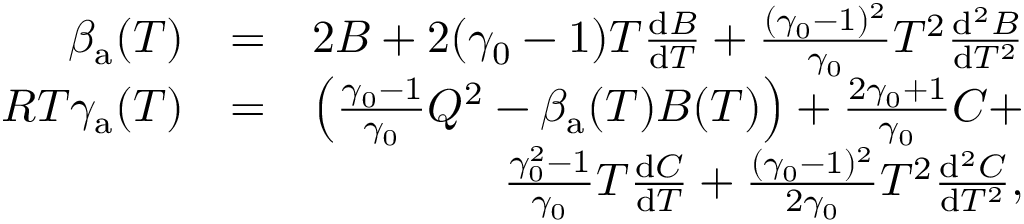
\begin{array} { r l r } { \beta _ { \mathrm { a } } ( T ) } & { = } & { 2 B + 2 ( \gamma _ { 0 } - 1 ) T \frac { \mathrm { d } B } { \mathrm { d } T } + \frac { ( \gamma _ { 0 } - 1 ) ^ { 2 } } { \gamma _ { 0 } } T ^ { 2 } \frac { \mathrm { d } ^ { 2 } B } { \mathrm { d } T ^ { 2 } } } \\ { R T \gamma _ { \mathrm { a } } ( T ) } & { = } & { \left( \frac { \gamma _ { 0 } - 1 } { \gamma _ { 0 } } Q ^ { 2 } - \beta _ { \mathrm { a } } ( T ) B ( T ) \right) + \frac { 2 \gamma _ { 0 } + 1 } { \gamma _ { 0 } } C + } \\ & { } & { \frac { \gamma _ { 0 } ^ { 2 } - 1 } { \gamma _ { 0 } } T \frac { \mathrm { d } C } { \mathrm { d } T } + \frac { ( \gamma _ { 0 } - 1 ) ^ { 2 } } { 2 \gamma _ { 0 } } T ^ { 2 } \frac { \mathrm { d } ^ { 2 } C } { \mathrm { d } T ^ { 2 } } , } \end{array}